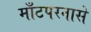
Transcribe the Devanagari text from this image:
माँटपरनासे